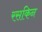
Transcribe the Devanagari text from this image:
रसकिन